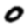
Digit: 0